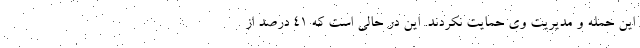
این حمله و مدیریت وی حمایت نکردند. این در حالی است که ۴۱ درصد از